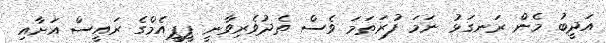
އަދީބު މެން ރަނގަޅު ނަމަ ފުރަތަމަ ވެސް ތެދުވެރިވާނީ ޕީޕީއެމްގެ ރައީސް އަށާއި